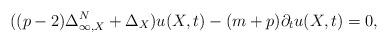
LaTeX: \begin{align*}((p-2)\Delta_{\infty,X}^N+\Delta_X)u(X,t)-(m+p)\partial_tu(X,t)=0,\end{align*}